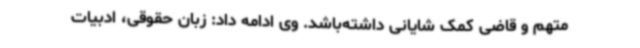
متهم و قاضی کمک شایانی داشته‌باشد. وی ادامه داد: زبان حقوقی، ادبیات